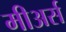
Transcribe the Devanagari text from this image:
मीअर्स